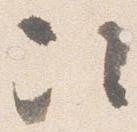
次